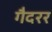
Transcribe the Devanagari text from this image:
गैदरर